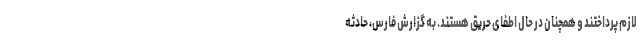
لازم پرداختند و همچنان در حال اطفای حریق هستند. به گزارش فارس، حادثه